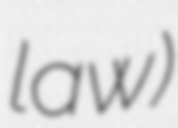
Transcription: law)